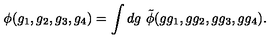
\phi ( g _ { 1 } , g _ { 2 } , g _ { 3 } , g _ { 4 } ) = \int d g \ \tilde { \phi } ( g g _ { 1 } , g g _ { 2 } , g g _ { 3 } , g g _ { 4 } ) .